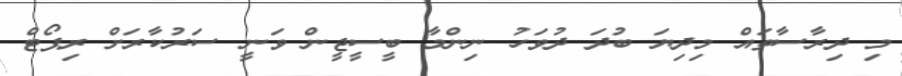
މި ދިރާސާތައް މިދިޔަ ބުދަ ދުވަހު ނިންމާ ބީސީޖީން ވަނީ ސަރުކާރަށް ރިޕޯޓް